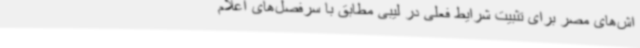
اش‌های مصر برای تثبیت شرایط فعلی در لیبی مطابق با سرفصل‌های اعلام